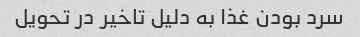
سرد بودن غذا به دلیل تاخیر در تحویل